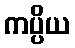
ကပ္ပိယ